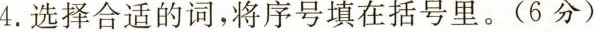
4.选择合适的词，将序号填在括号里。(6分)